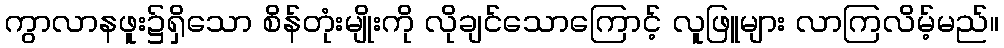
ကွာလာနဖူး၌ရှိသော စိန်တုံးမျိုးကို လိုချင်သောကြောင့် လူဖြူများ လာကြလိမ့်မည်။